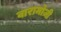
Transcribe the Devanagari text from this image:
वारामोज़ी